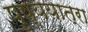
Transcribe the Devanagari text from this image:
पुष्ययात्रा